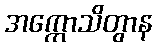
အက္ကောသိတွာန